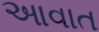
આવાત